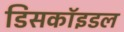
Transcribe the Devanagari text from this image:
डिसकॉइडल